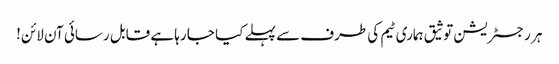
ہر رجسٹریشن توثیق ہماری ٹیم کی طرف سے پہلے کیا جا رہا ہے قابل رسائی آن لائن!